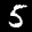
Label: 5